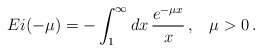
\begin{align*}Ei(-\mu)=-\int_{1}^{\infty}dx\, \frac{e^{-\mu x}}{x} \, {,} \, \, \, \, \, \,\mu > 0\, {.}\end{align*}